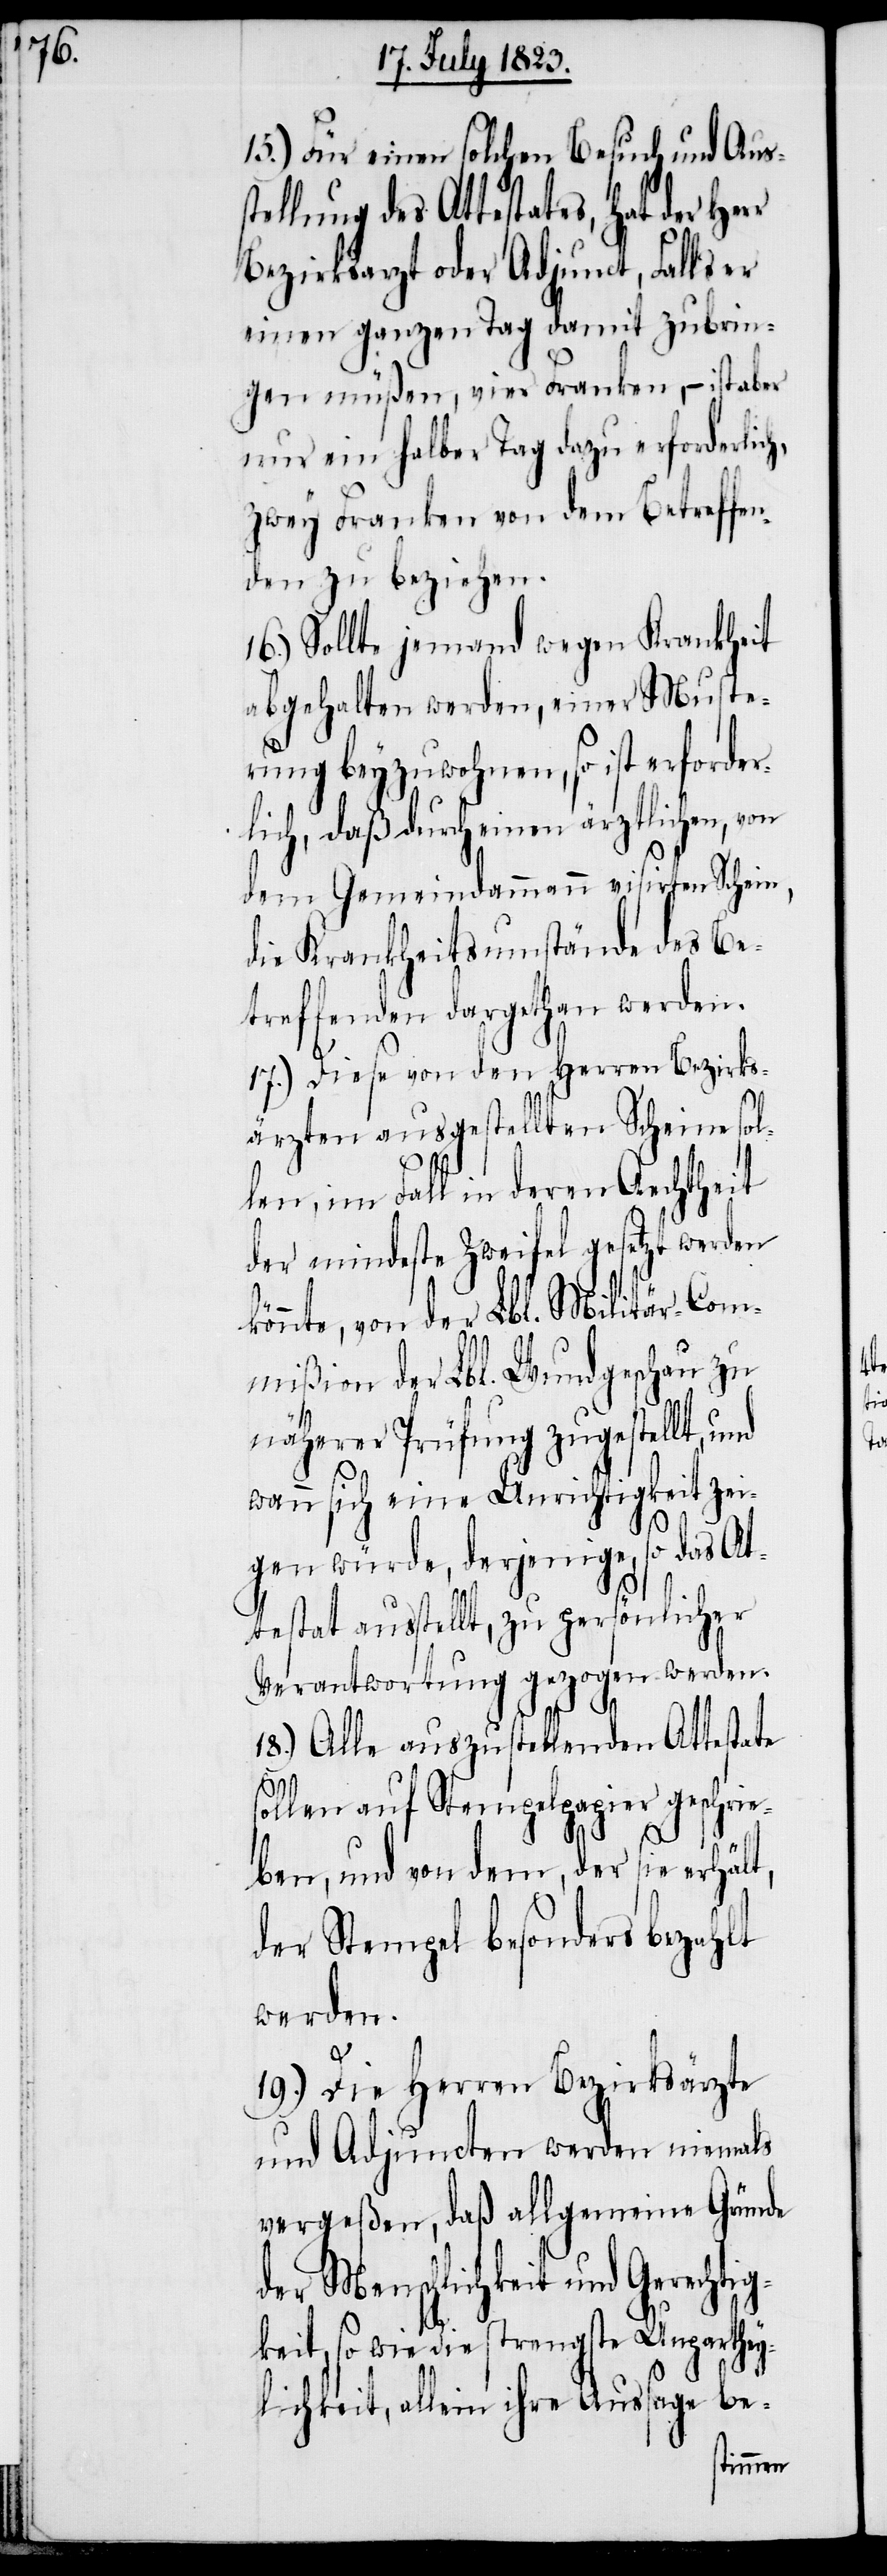
15.) Für einen solchen Besuch und Auss¬
tellung des Attestates, hat der
Bezirksarzt oder Adjunct, Falls er
einen ganzen Tag damit zubrin¬
gen müßen, vier Franken, − ist aber
nur ein halber Tag dazu erforderlich,
zwey Franken von dem Betreffen¬
den zu beziehen.
16.) Sollte jemand wegen Krankheit
abgehalten werden, einer Muste¬
rung beyzuwohnen, so ist erforder¬
lich, daß durch einen ärztlichen, von
dem Gemeindammann visirten Schein,
die Krankheitsumstände des Be¬
treffenden dargethan werden.
17.) Diese von den Herren Bezirks¬
ärzten ausgestellten Scheine sol¬
len, im Fall in deren Aechtheit
der mindeste Zweifel gesetzt werden
t,
könnte, von der Lbl. Militär-Com¬
mißion der Lbl. Wundgeschau zu
näherer Prüfung zugestellt, und
wann sich eine Unrichtigkeit zei¬
gen würde, derjenige, so das At¬
testat ausstellt, zu persönlicher
Verantwortung gezogen werden.
18.) Alle auszustellenden Attestate
sollen auf Stempelpapier geschrie¬
ben, und von dem, der sie erhäl¬
der Stempel besonders bezahlt
werden.
19.) Die Herren Bezirksärzte
und Adjuncten werden niemals
vergeßen, daß allgemeine Gründe
der Menschlichkeit und Gerechtig¬
keit, so wie die strengste Unparthey¬
lichkeit, allein ihre Aussage be-